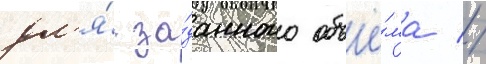
дл'я́ за́данного объё́ма //